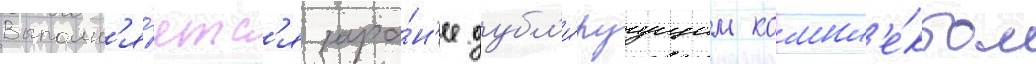
Выполн'я́етс'я зара́н'ее дубл'и́руущим компл'е́ктом